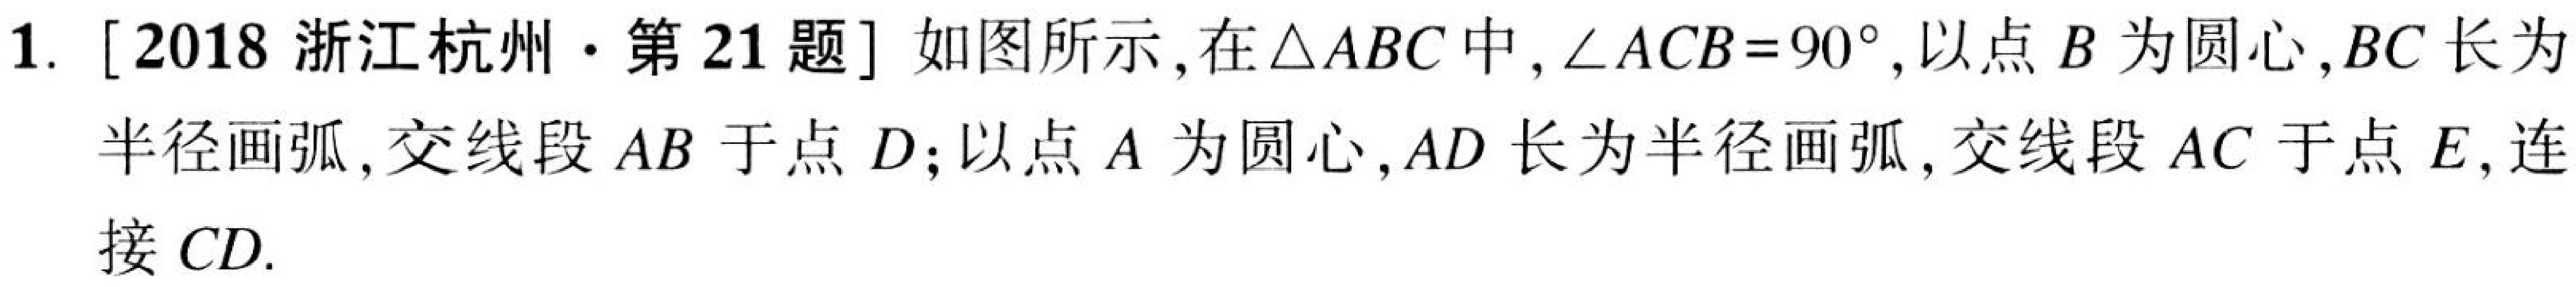
1. [2018浙江杭州·第21题] 如图所示, 在$\triangle ABC$中, $\angle ACB = 90^{\circ}$, 以点$B$为圆心,$BC$长为半径画弧, 交线段$AB$于点$D$; 以点$A$为圆心,$AD$长为半径画弧, 交线段$AC$于点$E$, 连接$CD$.